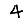
Digit: 4